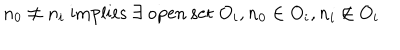
LaTeX: n _ { 0 } \neq n _ { i } \; \mathrm { i m p l i e s } \; \exists \; \mathrm { o p e n ~ s e t } \; O _ { i } , n _ { 0 } \in O _ { i } , n _ { i } \notin O _ { i }